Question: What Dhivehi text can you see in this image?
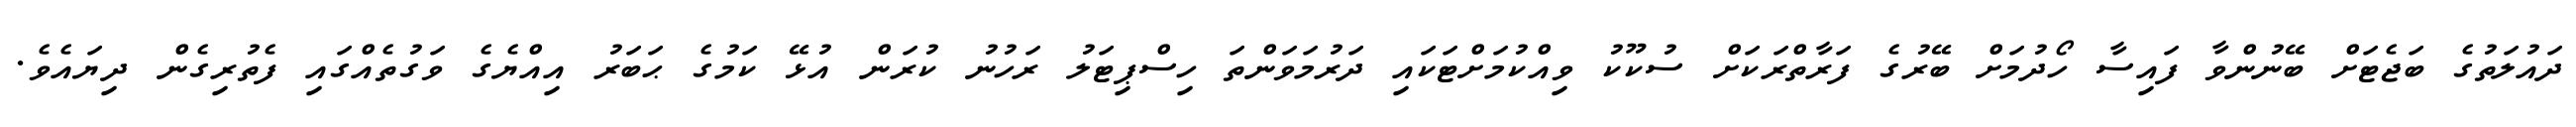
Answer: ދައުލަތުގެ ބަޖެޓަށް ބޭނުންވާ ފައިސާ ހޯދުމަށް ބޭރުގެ ފަރާތްރަކަށް ސުކޫކު ވިއްކުމަށްޓަކައި ދަރުމަވަންތަ ހިސްޕިޓަލު ރަހުނު ކުރަން އުޅޭ ކަމުގެ ޙަބަރު އިއްޔެގެ ވަގުތެއްގައި ފެތުރިގެން ދިޔައެވެ.